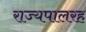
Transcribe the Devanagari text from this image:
राज्यपालरह